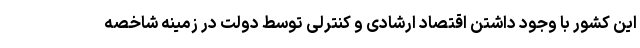
این کشور با وجود داشتن اقتصاد ارشادی و کنترلی توسط دولت در زمینه شاخصه